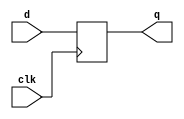
module dff63_0 (d,clk,q );
input [63:0] d;
   input clk;

   output [63:0] q;
   reg 	[63:0] q;

     always@(posedge clk )begin
			q <= d;
     end
   
endmodule